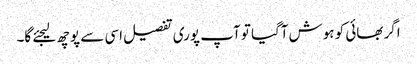
اگر بھائی کو ہوش آگیا تو آپ پوری تفصیل اسی سے پوچھ لیجئے گا۔